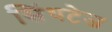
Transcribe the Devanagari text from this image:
सिंथटेज